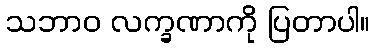
သဘာဝ လက္ခဏာကို ပြတာပါ။